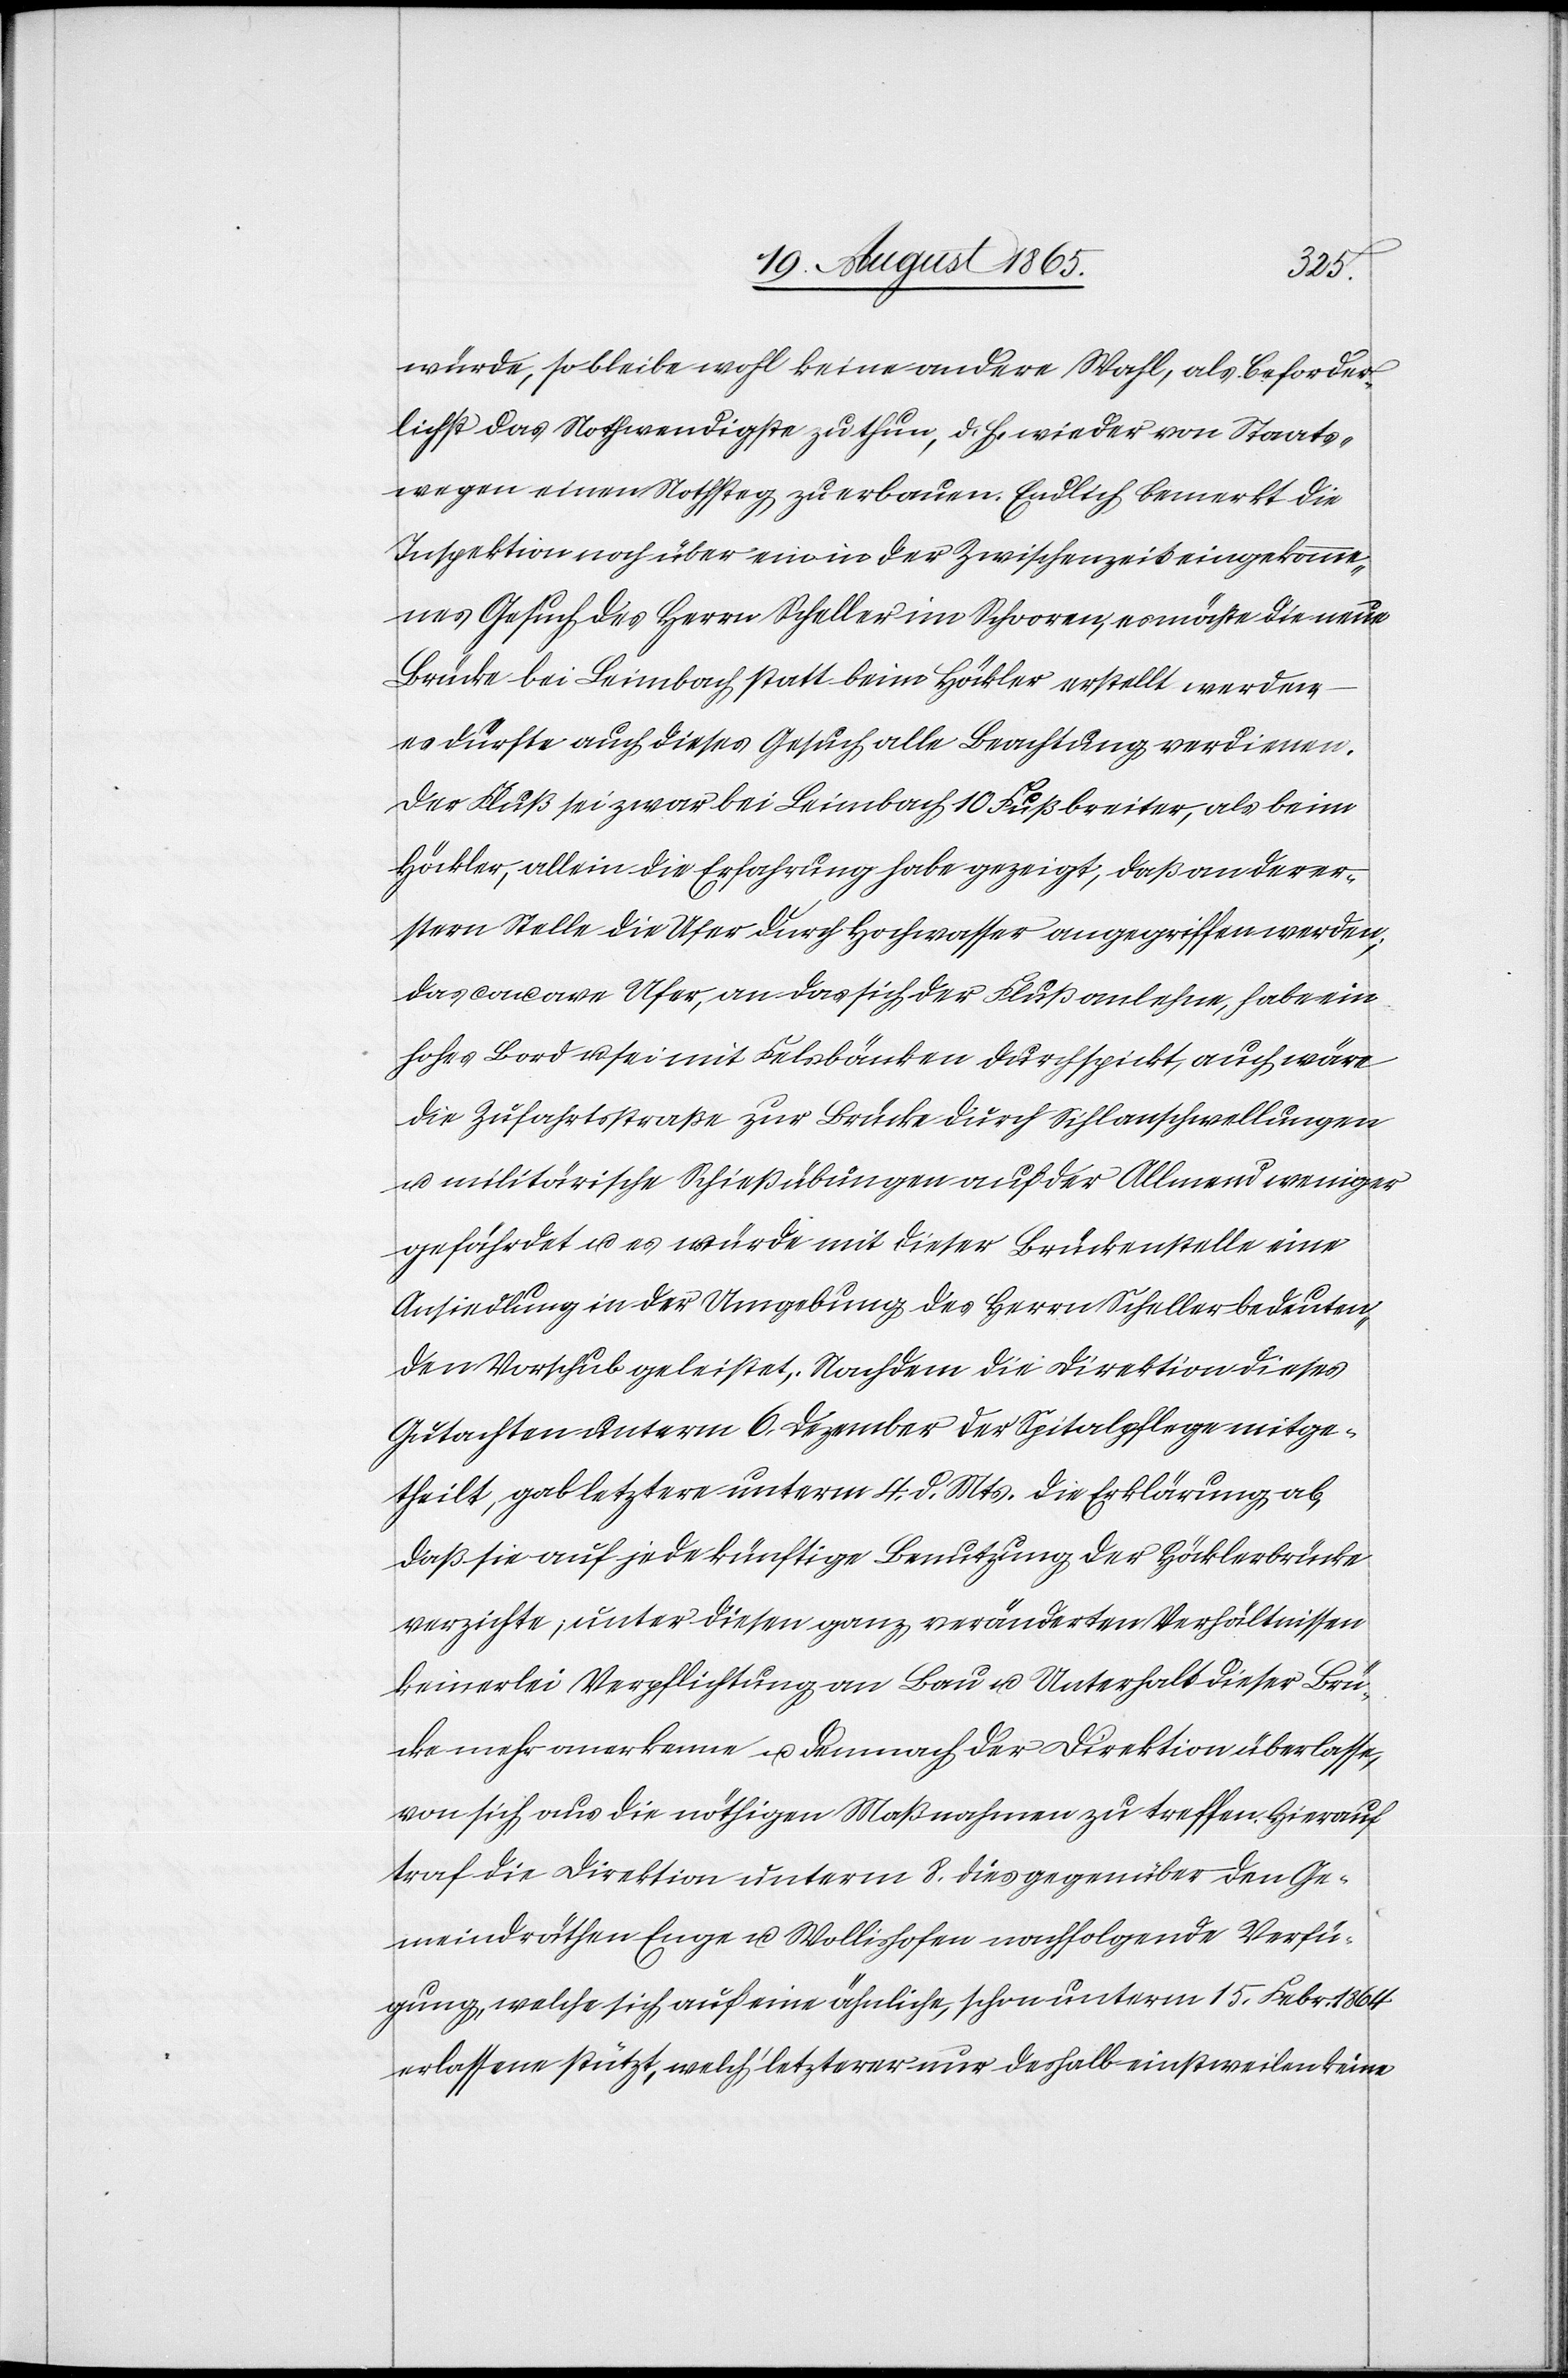
würde, so bleibe wohl keine andere Wahl, als beforder¬
lichts das Nothwendigste zu thun, d. h. wieder von Staats¬
wegen einen Nothsteg zu erbauen. Endlich bemerkt die
Inspektion noch über ein in der Zwischenzeit eingekomme¬
nes Gesuch des Herrn Scheller im Schorren, es möchte die neue
Brücke bei Leimbach statt beim Höckler erstellt werden
es dürfte auch dieses Gesuch alle Beachtung verdienen.
Der Fluß sei zwar bei Leimbach 10 Fuß breiter, als beim
Höckler, allein die Erfahrung habe gezeigt, daß an der er¬
stern Stelle die Ufer durch Hochwasser angegriffen werden;
das concave Ufer, an das sich der Fluß anlehne, habe ein
hohes Bord u. sei mit Felsbänken durchspickt, auch wäre
die Zufahrtsstraße zur Brücke durch Sihlanschwellungen
u. militärische Schießübungen auf der Allmend weniger
gefährdet u. es würde mit dieser Brückenstelle eine
Ansiedlung in der Umgebung des Herrn Scheller bedeuten¬
den Vorschub geleistet. Nachdem die Direktion dieses
Gutachten unterm 6. Dezember der Spitalpflege mitge¬
theilt, gab letztere unterm 4. d. Mts. die Erklärung ab,
daß sie auf jede künftige Benutzung der Höcklerbrücke
verzichte, unter diesen ganz veränderten Verhältnissen
keinerlei Verpflichtung an Bau u. Unterhalt dieser Brü¬
cke mehr anerkenne u. demnach der Direktion überlasse,
von sich aus die nöthigen Maßnahmen zu treffen. Hierauf
traf die Direktion unterm 8. dies gegenüber den Ge¬
meindräthen Enge u. Wollishofen nachfolgende Verfü¬
gung, welche sich auf eine ähnliche, schon unterm 15. Febr. 1864
erlassene stützt, welch’ letzterer nur deshalb einstweilen keine